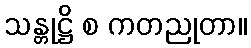
သန္တုဋ္ဌိ စ ကတညုတာ။